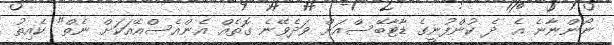
ނޯންނާނެ އެ ދެ ކުންފުނީގެ ޑާޓާބޭސްއަށް ވަދެވޭނެ ގޮތެއް އެންއެސްއޭއަކަށް ނެތް" ކެއިތު